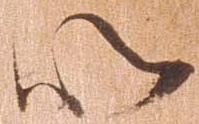
以